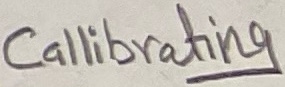
Text: Callibrating